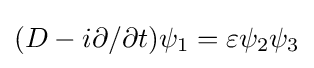
(D-i\partial /\partial t)\psi _{1}=\varepsilon \psi _{2}\psi _{3}